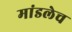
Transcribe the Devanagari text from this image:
मांडलेच